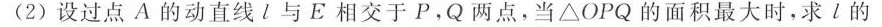
（2）设过点A的动直线l与E相较于P，Q两点，dangfang△OPQ的面积最大是，求l的